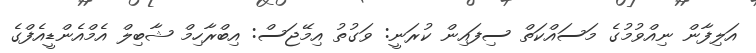
އަލިފާން ނިއްވުމުގެ މަސައްކަތް ސިފައިން ކުރަނީ: ވަގުތު އިމޭޖަސް: އިބްރާހިމް ޝާބިލް އެމްއެންޑީއެފްގެ